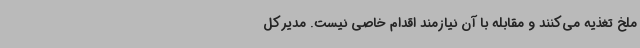
ملخ تغذیه می‌کنند و مقابله با آن نیازمند اقدام خاصی نیست. مدیرکل